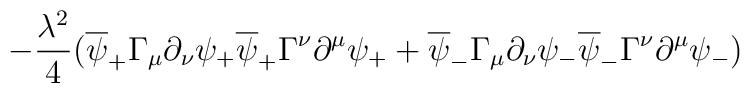
-{\lambda^2\over 4}(\overline{\psi}_+\Gamma_{\mu}\partial_{\nu}\psi_+\overline{\psi}_+\Gamma^{\nu}\partial^{\mu}\psi_++\overline{\psi}_-\Gamma_{\mu}\partial_{\nu}\psi_-\overline{\psi}_-\Gamma^{\nu}\partial^{\mu}\psi_-)